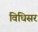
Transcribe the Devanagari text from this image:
विधिसर